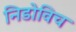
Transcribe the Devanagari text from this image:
निडोविच